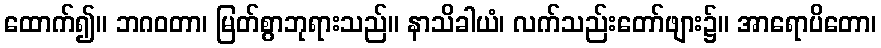
ထောက်၍။ ဘဂဝတာ၊ မြတ်စွာဘုရားသည်။ နာသိခါယံ၊ လက်သည်းတော်ဖျား၌။ အာရောပိတော၊